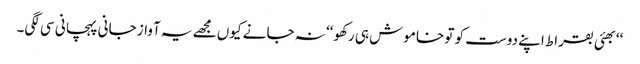
‘‘بھئی بقراط اپنے دوست کو تو خاموش ہی رکھو‘‘ نہ جانے کیوں مجھے یہ آواز جانی پہچانی سی لگی۔